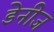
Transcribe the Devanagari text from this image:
डेनीज